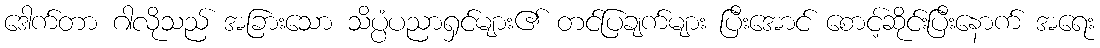
ဒေါက်တာ ဂါလိုသည် အခြားသော သိပ္ပံပညာရှင်များ၏ တင်ပြချက်များ ပြီးအောင် စောင့်ဆိုင်းပြီးနောက် အရေး